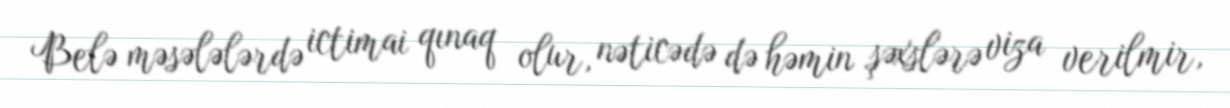
Belə məsələlərdə ictimai qınaq olur, nəticədə də həmin şəxslərə viza verilmir,